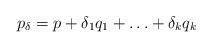
LaTeX: \begin{align*}p_\delta = p+ \delta_1 q_1 + \ldots + \delta_k q_k\end{align*}